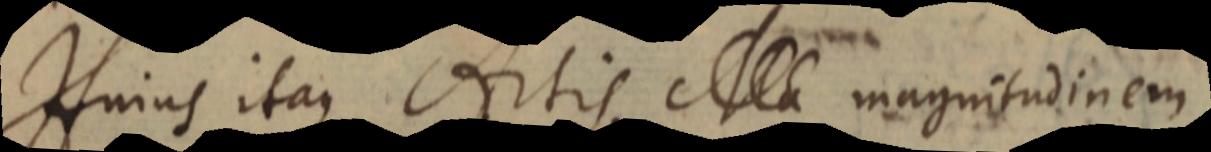
Hujus itaque Artis magnitudinem